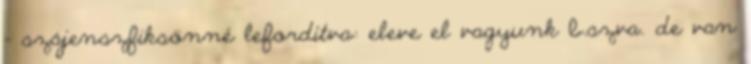
- szájenszfiksönné lefordítva: eleve el vagyunk b.szva. de van